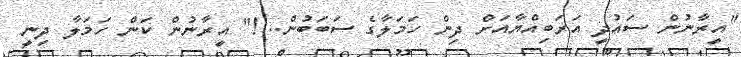
"އީރާނުން ސައުދީ އަރަބިއްޔާއަށް ދިން ހަމަލާގެ ސަބަބުން...!" އީރާނުން ކަން ހަމަަލާ ދިނީ